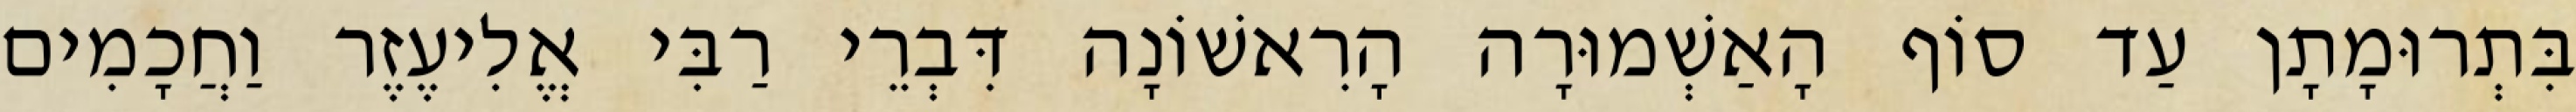
בִּתְרוּמָתָן עַד סוֹף הָאַשְׁמוּרָה הָרִאשׁוֹנָה דִּבְרֵי רַבִּי אֱלִיעֶזֶר וַחֲכָמִים